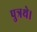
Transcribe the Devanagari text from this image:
पुत्रथे।